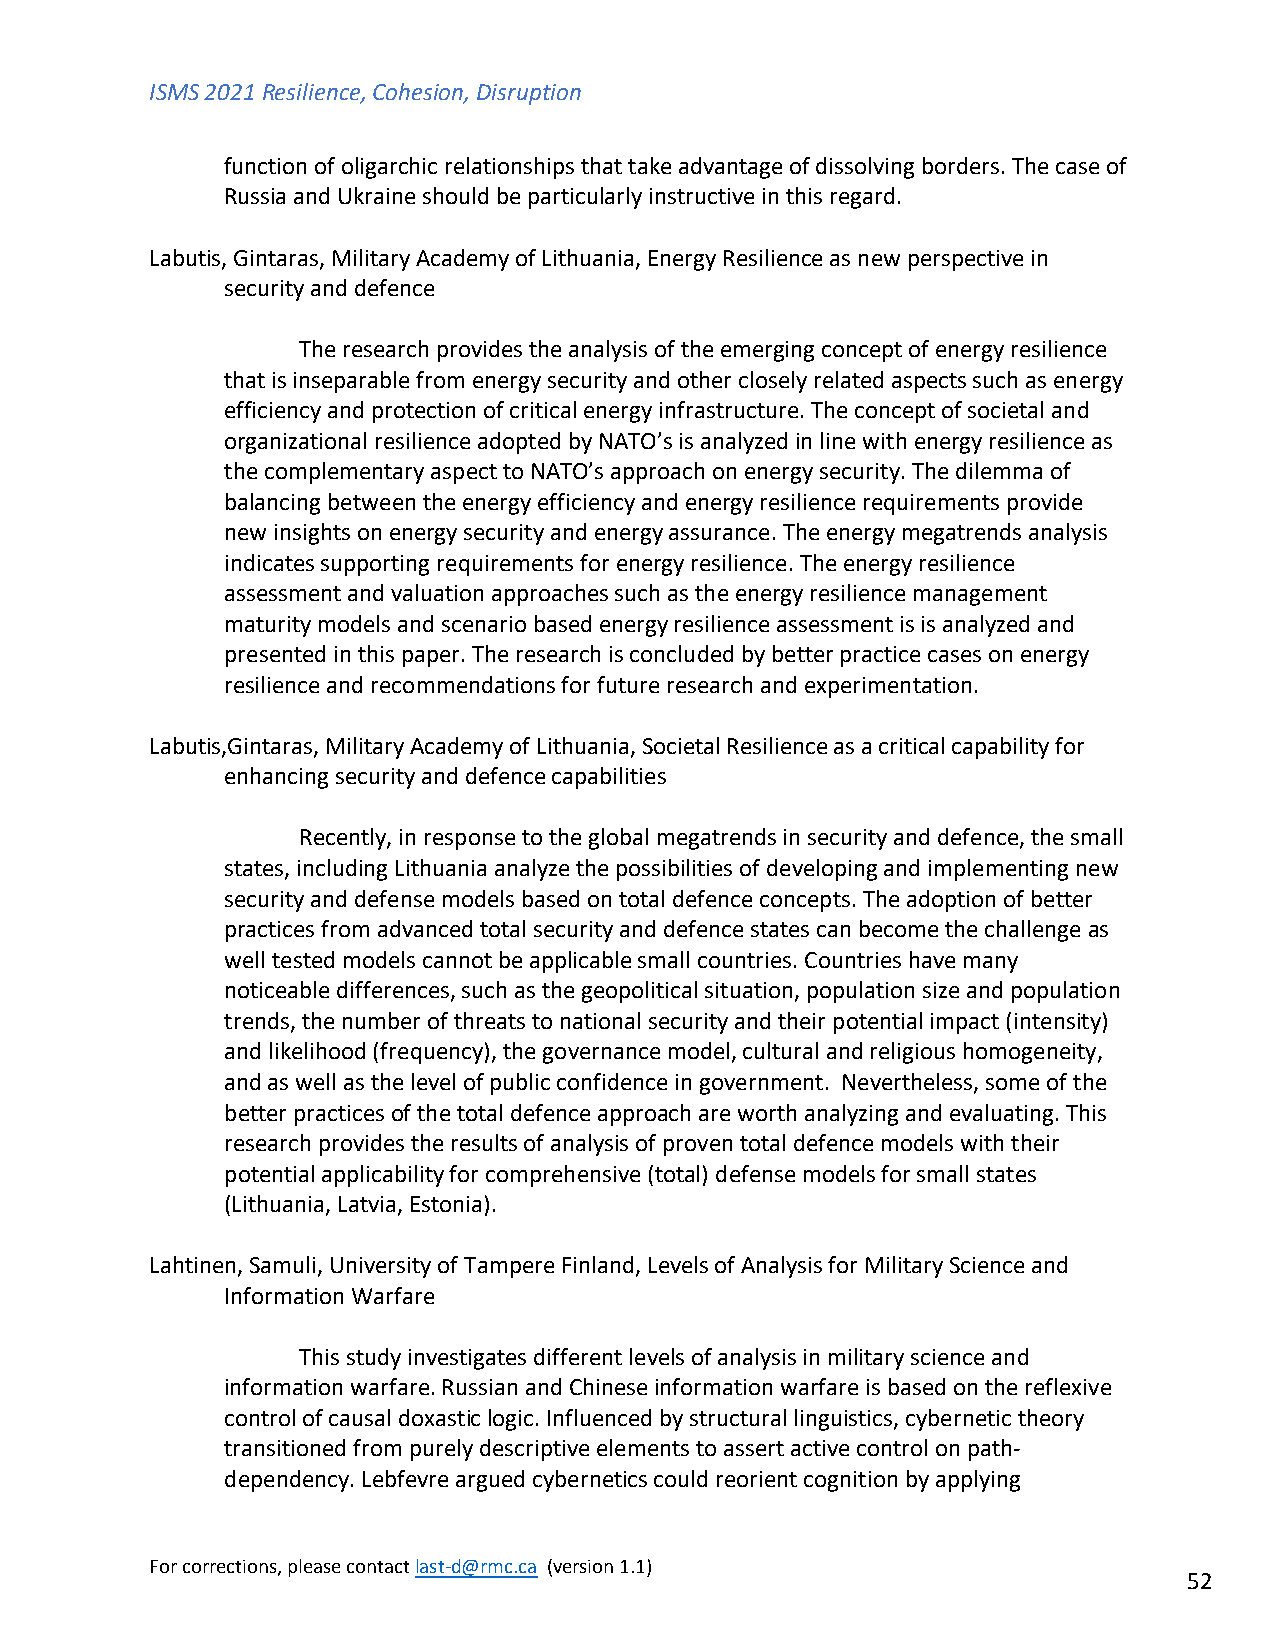
ISMS 2021 Resilience, Cohesion, Disruption
 function of oligarchic relationships that take advantage of dissolving borders. The case of
 Russia and Ukraine should be particularly instructive in this regard.
 Labutis, Gintaras, Military Academy of Lithuania, Energy Resilience as new perspective in
 security and defence
 The research provides the analysis of the emerging concept of energy resilience
 that is inseparable from energy security and other closely related aspects such as energy
 efficiency and protection of critical energy infrastructure. The concept of societal and
 organizational resilience adopted by NATO’s is analyzed in line with energy resilience as
 the complementary aspect to NATO’s approach on energy security. The dilemma of
 balancing between the energy efficiency and energy resilience requirements provide
 new insights on energy security and energy assurance. The energy megatrends analysis
 indicates supporting requirements for energy resilience. The energy resilience
 assessment and valuation approaches such as the energy resilience management
 maturity models and scenario based energy resilience assessment is is analyzed and
 presented in this paper. The research is concluded by better practice cases on energy
 resilience and recommendations for future research and experimentation.
 Labutis,Gintaras, Military Academy of Lithuania, Societal Resilience as a critical capability for
 enhancing security and defence capabilities
 Recently, in response to the global megatrends in security and defence, the small
 states, including Lithuania analyze the possibilities of developing and implementing new
 security and defense models based on total defence concepts. The adoption of better
 practices from advanced total security and defence states can become the challenge as
 well tested models cannot be applicable small countries. Countries have many
 noticeable differences, such as the geopolitical situation, population size and population
 trends, the number of threats to national security and their potential impact (intensity)
 and likelihood (frequency), the governance model, cultural and religious homogeneity,
 and as well as the level of public confidence in government. Nevertheless, some of the
 better practices of the total defence approach are worth analyzing and evaluating. This
 research provides the results of analysis of proven total defence models with their
 potential applicability for comprehensive (total) defense models for small states
 (Lithuania, Latvia, Estonia).
 Lahtinen, Samuli, University of Tampere Finland, Levels of Analysis for Military Science and
 Information Warfare
 This study investigates different levels of analysis in military science and
 information warfare. Russian and Chinese information warfare is based on the reflexive
 control of causal doxastic logic. Influenced by structural linguistics, cybernetic theory
 transitioned from purely descriptive elements to assert active control on path-
 dependency. Lebfevre argued cybernetics could reorient cognition by applying
 For corrections, please contact last-d@rmc.ca (version 1.1)
 52